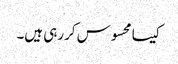
کیسا محسوس کررہی ہیں۔